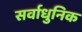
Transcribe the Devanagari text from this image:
सर्वाधुनिक